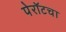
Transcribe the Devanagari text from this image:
पेरॉटचा